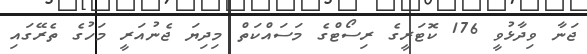
ޖަނާ ވިދާޅުވީ 176 ކޮޓަރީގެ ރިސޯޓްގެ މަސައްކަތް މިދިޔަ ޖެނުއަރީ މަހުގެ ތެރޭގައި